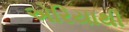
એરિયાથી